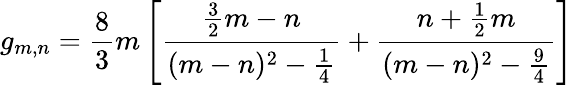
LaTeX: g_{m,n}={\frac{8}{3}}m\left[{\frac{{\frac{3}{2}}m-n}{(m-n)^{2}-{\frac{1}{4}}}}+{\frac{n+{\frac{1}{2}}m}{(m-n)^{2}-{\frac{9}{4}}}}\right]